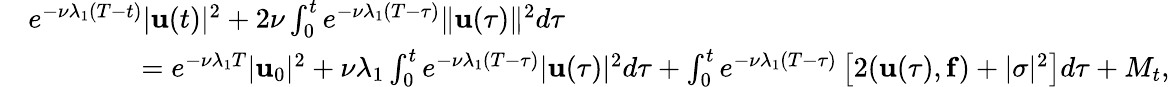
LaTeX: \begin{array}{rl}&{e^{-\nu\lambda_{1}(T-t)}|\mathbf{u}(t)|^{2}+2\nu\int_{0}^{t}e^{-\nu\lambda_{1}(T-\tau)}\| \mathbf{u}(\tau)\| ^{2}d\tau}\\ &{\qquad\qquad=e^{-\nu\lambda_{1}T}|\mathbf{u}_{0}|^{2}+\nu\lambda_{1}\int_{0}^{t}e^{-\nu\lambda_{1}(T-\tau)}|\mathbf{u}(\tau)|^{2}d\tau+\int_{0}^{t}e^{-\nu\lambda_{1}(T-\tau)}\left[2(\mathbf{u}(\tau),\mathbf{f})+|\sigma|^{2}\right]d\tau+M_{t},}\end{array}